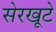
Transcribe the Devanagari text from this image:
सेरखूटे